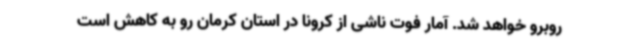
روبرو خواهد شد. آمار فوت ناشی از کرونا در استان کرمان رو به کاهش است